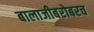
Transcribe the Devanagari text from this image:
बालाजीबरोबरच